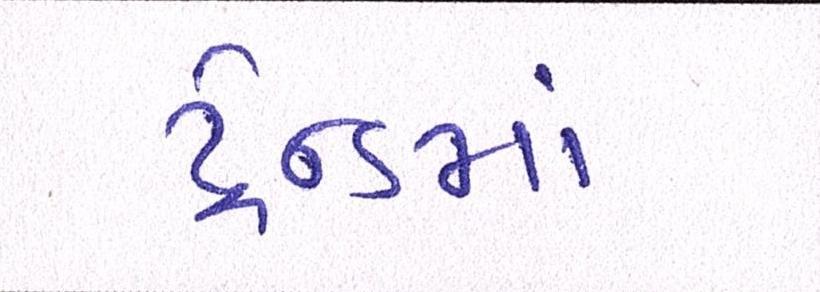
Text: ટ્રેન્ડમાં